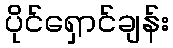
ပိုင်ရှောင်ချန်း